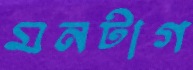
মনটাগ